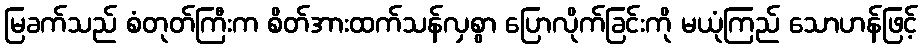
မြခက်သည် စံတုတ်ကြီးက စိတ်အားထက်သန်လှစွာ ပြောလိုက်ခြင်းကို မယုံကြည် သောဟန်ဖြင့်